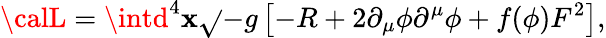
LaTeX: {\calL}=\intd^{4}\mathbf{x}{\sqrt{}{-}g}\left[-R+2\partial_{\mu}\phi\partial^{\mu}\phi+f(\phi)F^{2}\right],